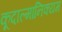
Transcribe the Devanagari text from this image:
कूदाल्मानिक्यम